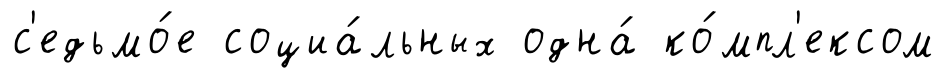
с'едьмо́е социа́льных одна́ ко́мпл'ексом